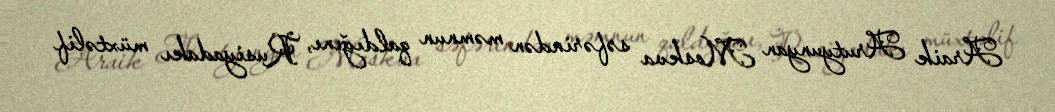
Araik Arutyunyan Moskva səfərindən məmnun qaldığını, Rusiyadakı müxtəlif